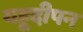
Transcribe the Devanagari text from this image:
यहूदीपन